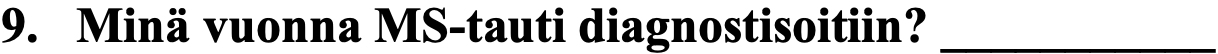
9. Minä vuonna MS-tauti diagnostisoitiin? ___________